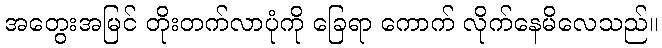
အတွေးအမြင် တိုးတက်လာပုံကို ခြေရာ ကောက် လိုက်နေမိလေသည်။